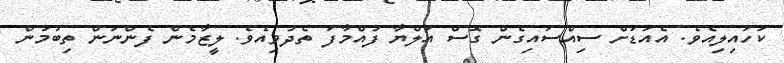
ކަހައިލިއެވެ. އެއަޑަށް ސިއްސައިގެން ގޮސް އަލްޔާ ފުއްމާފަ ތެދުވިއެވެ. ލީޒާމެން ފެންނަން ތިބުމުން